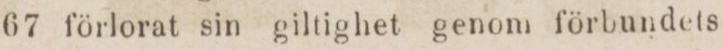
67 förlorat sin giltighet genom förbundets